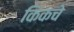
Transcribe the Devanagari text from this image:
किकचे